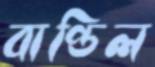
বাণ্ডিল